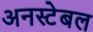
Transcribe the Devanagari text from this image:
अनस्टेबल